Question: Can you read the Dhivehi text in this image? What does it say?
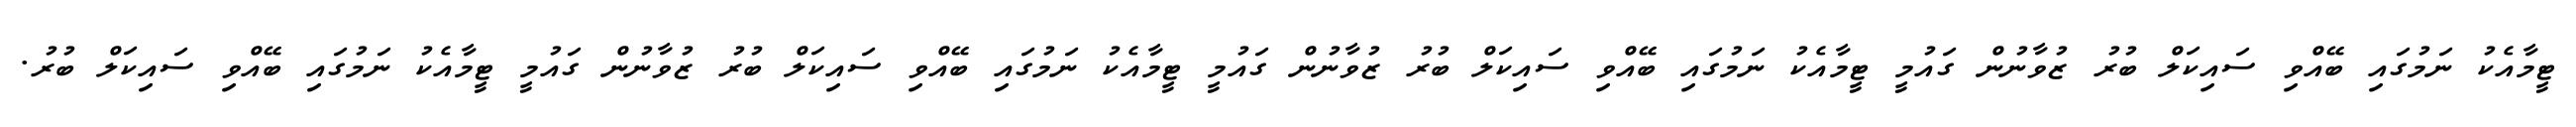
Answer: ޓީމާއެކު ނަމުގައި ބޭއްވި ސައިކަލް ބުރު ޒުވާނުން ގައުމީ ޓީމާއެކު ނަމުގައި ބޭއްވި ސައިކަލް ބުރު ޒުވާނުން ގައުމީ ޓީމާއެކު ނަމުގައި ބޭއްވި ސައިކަލް ބުރު ޒުވާނުން ގައުމީ ޓީމާއެކު ނަމުގައި ބޭއްވި ސައިކަލް ބުރު.